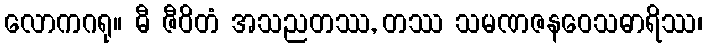
လောကဂရု။ ဓီ ဇီဝိတံ အသညတဿ, တဿ သမဏဇနဝေသဓာရိဿ၊